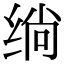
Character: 绱